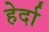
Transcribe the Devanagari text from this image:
हेर्दा